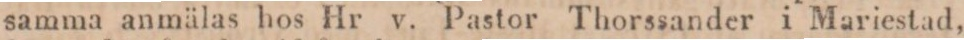
samma anmälas hos Hr v. Pastor Thorssander i Mariestad,